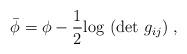
LaTeX: \begin{align*}\bar{\phi} = \phi - \frac {1} {2} {\rm log}~({\rm det}~ g_{ij}) \; ,\end{align*}